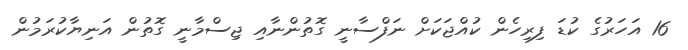
16 އަހަރުގެ ކުޑަ ފިރިހެން ކުއްޖަކަށް ނަފްސާނީ ގޮތުންނާއި ޖިސްމާނީ ގޮތުން އަނިޔާކުރަމުން